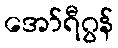
အော်ရီဂွန်